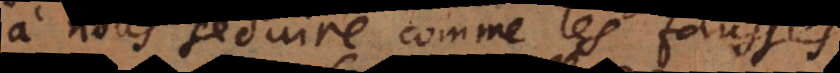
nous seduire comme les fausses